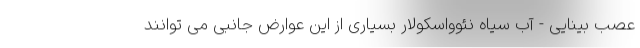
عصب بینایی - آب سیاه نئوواسکولار بسیاری از این عوارض جانبی می توانند